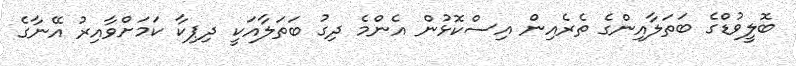
ބޮލީވުޑްގެ ބަތަލާއިންގެ ތެރެއިން އިސްކޮޅުން އެންމެ ދިގު ބަތަލާއަކީ ދިޕިކާ ކަމަށްވާއިރު އޭނާގެ